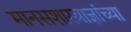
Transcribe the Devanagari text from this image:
मानसशास्त्राज्ञांच्या